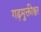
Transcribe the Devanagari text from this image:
गढ़मुक्तीश्वर